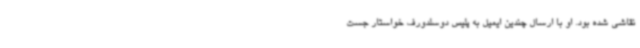
نقاشی شده بود. او با ارسال چندین ایمیل به پلیس دوسلدورف خواستار جست